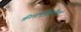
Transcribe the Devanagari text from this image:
क्रीडाभूर्भुजगनिवहो